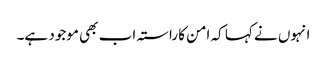
انہوں نے کہا کہ امن کا راستہ اب بھی موجود ہے۔